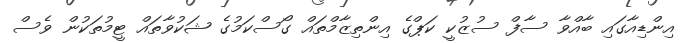
އިންޑިއާގައި ބާއްވާ ސާފް ސުޒުކީ ކަޕްގެ އިންތިޒާމްތައް ގޯސްކަމުގެ ޝަކުވާތައް ޓީމުުތަކުން ވެސް